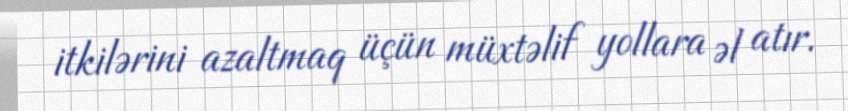
itkilərini azaltmaq üçün müxtəlif yollara əl atır.